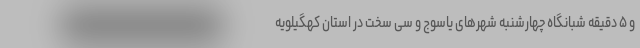
و ۵ دقیقه شبانگاه چهارشنبه شهرهای یاسوج و سی سخت در استان کهگیلویه